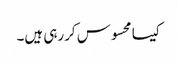
کیسا محسوس کررہی ہیں۔